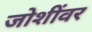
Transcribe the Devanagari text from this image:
जोशींवर